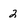
Character: 2